Trukikaitis_Postimees, lk 74
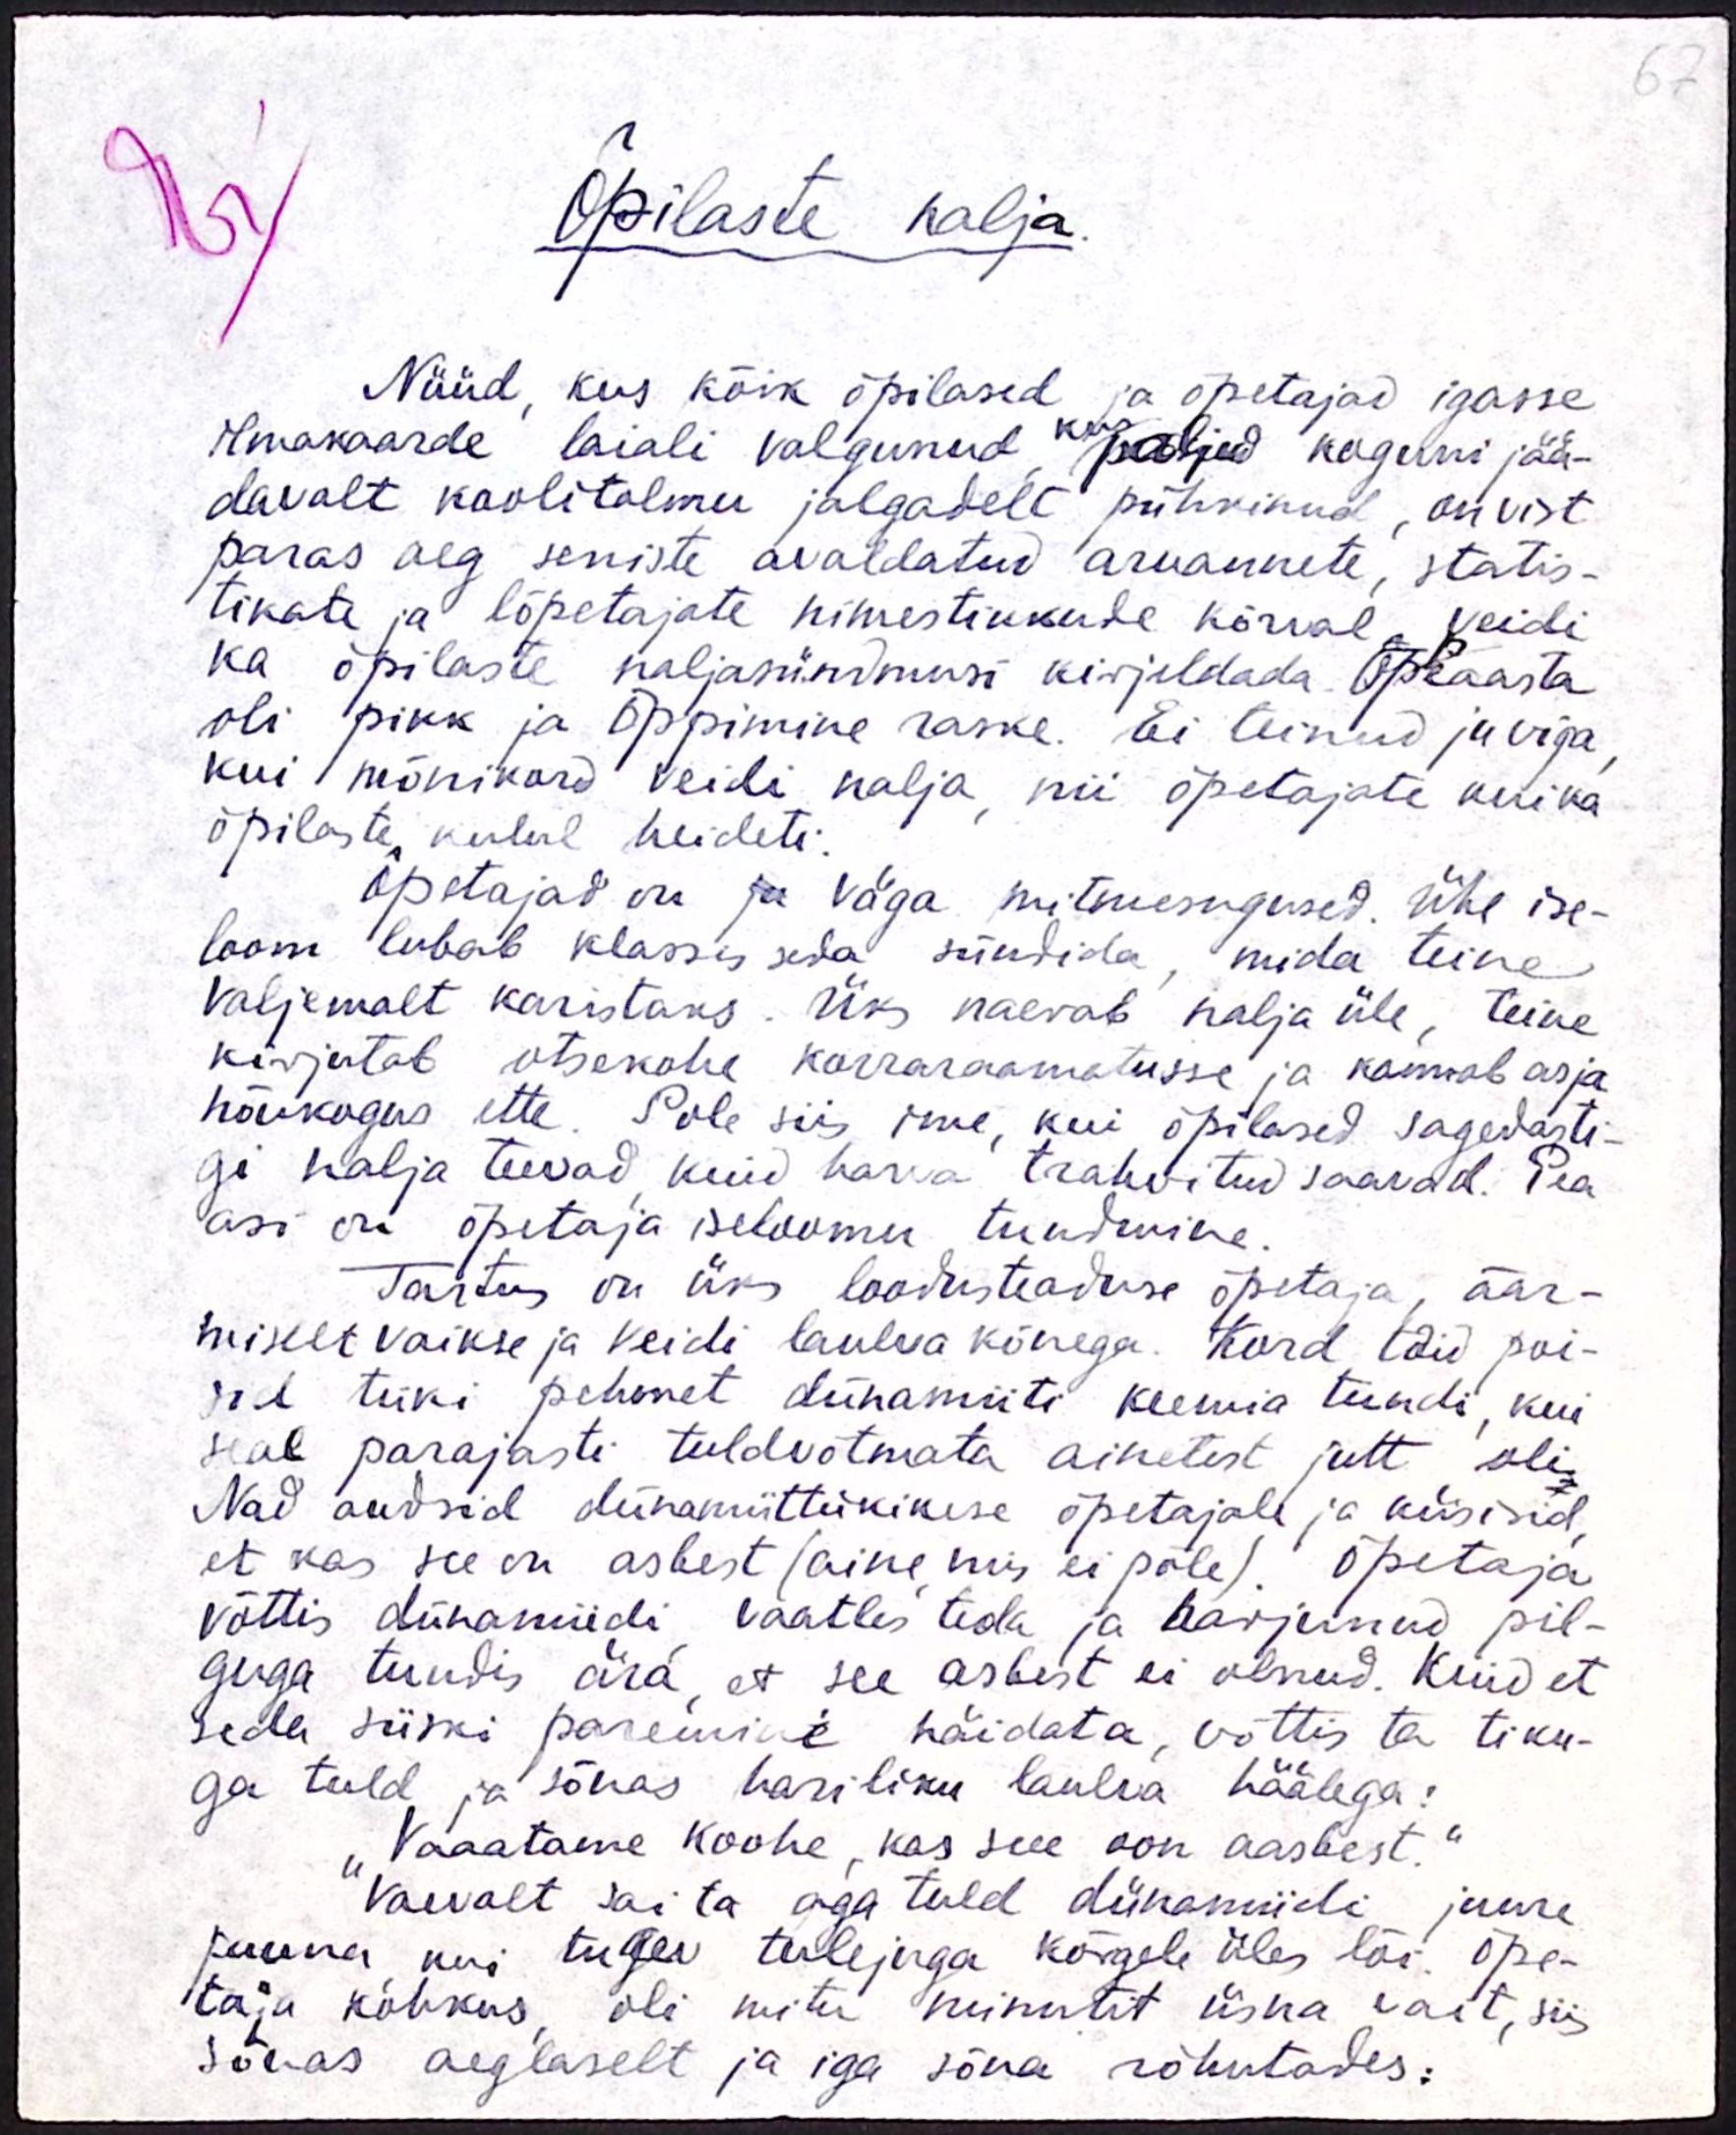
67

Õpilaste nalja.

Nüüd, kus kõik õpilased ja õpetajad igasse
ilmakaarde laiali valgunud, kus paljud koguni jää-
davalt koolitolmu jalgadelt pühkinud, on vist
paras aeg seniste avaldatud aruannete, statis-
tikate ja lõpetajate nimestikkude korral veidi
ka õpilaste naljasündmusi kirjeldada. Õppeaasta
oli pikk ja õppimine raske. Ei teinud ju viga
kui mõnikord veidi nalja, nii õpetajate kui ka
õpilaste kulul heideti.
Õpetajad on ju väga mitmesugused. Ühe ise-
loom lubab klassis seda sündida, mida teine
valjemalt karistaks. Üks naerab nalja üle, teine
kirjutab otsekohe korraraamatusse ja kannab asja
nõukogus ette. Pole siis ime, kui õpilased sagedasti-
gi nalja teevad kuid harva trahvitud saavad. Pea
asi on õpetaja iseloomu tundmine.
Tartus on üks loodusteaduse õpetaja, äär-
miselt vaikse ja veidi laulva kõnega. Kord tõid poi-
sid tüki pehmet dünamiiti keemia tundi, kui
seal parajasti tuldvõtmata ainetest jutt oli.
Nad andsid dünamiittükikese õpetajale ja küsisid,
et kas see on asbest (aine mis ei põle). Õpetaja
võttis dünamidi vaatles teda ja harjunud pil-
guga tundis ära, et see asbest ei olnud. Kuid et
seda siiski paremini näidata, võttis ta tiku-
ga tuld ja sõnas hariliku laulva häälega:
"Vaaatame koohe, kas seee oon aasbest."
Vaevalt sai ta aga tuld dünamiidi juure
panna kui tugev tulejuga kõrgele üles lõi. Õpe-
taja kohkus, oli mitu minutit üsna vait, siis
sõnas aeglaselt ja iga sõna rõhutades: